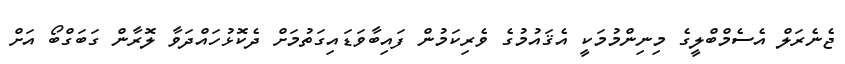
ޖެނެރަލް އެސެމްބްލީގެ މިނިންމުމަކީ އެޤައުމުގެ ވެރިކަމުން ފައިބާވަޑައިގަތުމަށް ދެކޮޅުހައްދަވާ ލޮރާން ގަބަގްބޯ އަށް